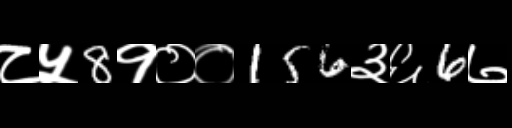
Text: ८५8१००156३६6७